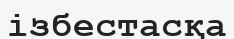
ізбестасқа